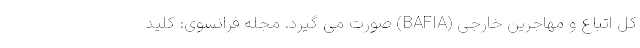
کل اتباع و مهاجرین خارجی (BAFIA) صورت می گیرد. مجله فرانسوی: کلید